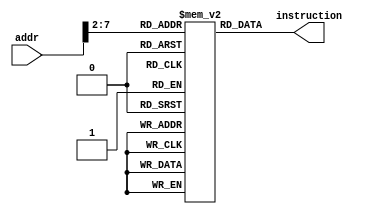
`timescale 1ns / 1ps
//////////////////////////////////////////////////////////////////////////////////
// Engineers:      Allan Montalvo, Lenin Munoz, Omar Aquino Pineda
// 
// Module Name:    InstMem
// Project Name:   This 64x32 Instruction Memory contains all the instruction code
//                 the RISC-V process will execute
//////////////////////////////////////////////////////////////////////////////////

module InstMem(addr, instruction );

    // Define input, output, registers, and wires signal
    input  [ 7:0] addr;
    output wire [31:0] instruction;
    
    reg [31:0] memory [63:0];
    
    // The instruction code the RISC-V processor will execute
    initial begin
    memory[0] = 32'h00007033;   // and r0, r0, r0 32'h00000000
    memory[1] = 32'h00100093;   // addi r1, r0, 1 32'h00000001 
    memory[2] = 32'h00200113;   // addi r2, r0, 2 32'h00000002
    memory[3] = 32'h00308193;   // addi r3, r1, 3 32'h00000004 
    memory[4] = 32'h00408213;   // addi r4, r1, 4 32'h00000005
    memory[5] = 32'h00510293;   // addi r5, r2, 5 32'h00000007 
    memory[6] = 32'h00610313;   // addi r6, r2, 6 32'h00000008
    memory[7] = 32'h00718393;   // addi r7, r3, 7 32'h0000000B
    memory[8] = 32'h00208433;   // add r8, r1, r2 32'h00000003 
    memory[9] = 32'h404404B3;   // sub r9, r8, r4 32'hFFFFFFFF or 32'hFFFFFFFE
    memory[10] = 32'h00317533;  // and r10, r2, r3 32'h00000000
    memory[11] = 32'h0041E5B3;  // or r11, r3, r4 32'h00000005 
    memory[12] = 32'h0041A633;  // if r3 is less than r4 then r12 = 1 32'h00000001
    memory[13] = 32'h007346B3;  // nor r13, r6, r7 32'hFFFFFFF4
    memory[14] = 32'h4D34F713;  // andi r14, r9, "4D3" 32'h000004D2
    memory[15] = 32'h8D35E793;  // ori r15, r11, "8D3" 32'hFFFFF8D7
    memory[16] = 32'h4D26A813;  // if r13 is less than 32'h000004D2 then r16 = 1 32'h00000001 
    memory[17] = 32'h4D244893;  // nori r17, r8, "4D2" 32'hFFFFFB2C
    memory[18] = 32'h02B02823;  // sw r11, 48(r0) alu_result = 32'h00000030
    memory[19] = 32'h03002603;  // lw r12, 48(r0) alu_result = 32'h00000030 r12 = 32'h00000005
    end
    
    // Retriving the instruction code based on the PC count
    assign instruction = memory[addr[7:2]];

endmodule